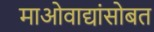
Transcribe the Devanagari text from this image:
माओवाद्यांसोबत